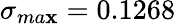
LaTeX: \sigma_{ma\mathbf{x}}=0.1268